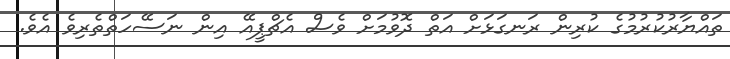
ތައްޔާރުކުރުމުގެ ކުރިން ރަނގަޅަށް އަތް ދޮވުމަށް ވެސް އެޗްޕީއޭ އިން ނަސޭހަތްތެރިވެ އެވެ.